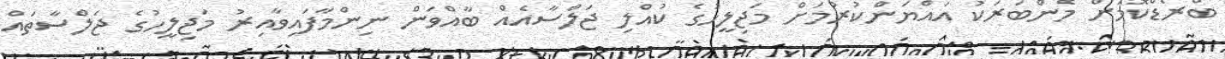
ބްރޯޑްކޮމަށް މެންބަރަކު އައްޔަންކުރުމަށް މަޖިލީހުގެ ކުއްލި ޖަލްސާއެއް ބާއްވަން ނިންމާފައިވާއިރު މަޖިލީހުގެ ޖަލްސާތައް